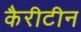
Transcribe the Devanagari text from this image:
कैरीटीन